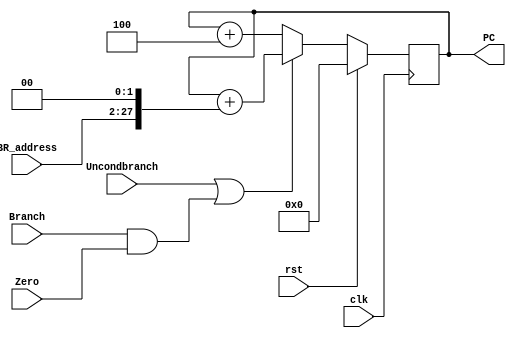
module ProgramCounter(PC, BR_address, Zero, Branch, Uncondbranch, clk, rst);
    
    parameter BITSIZE = 64;
    
    input Zero, Branch, Uncondbranch;
    input clk, rst;
    input [25:0]BR_address;
    
    reg [BITSIZE-1:0] Extendaddress;
    
    output reg [BITSIZE-1:0] PC;
    
    always @(BR_address)
    begin
        Extendaddress = {38'b0,BR_address} << 2;  
    end
       
    always @(posedge clk)
    begin
        if (rst)
            PC <= 0;
        else if (Uncondbranch != 0 || (Branch != 0 && Zero !=0))
            PC <= PC + Extendaddress; 
        else 
            PC <= PC + 4;
    end

endmodule